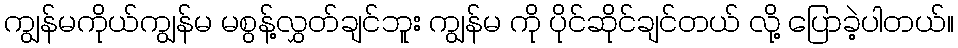
ကျွန်မကိုယ်ကျွန်မ မစွန့်လွှတ်ချင်ဘူး ကျွန်မ ကို ပိုင်ဆိုင်ချင်တယ် လို့ ပြောခဲ့ပါတယ်။